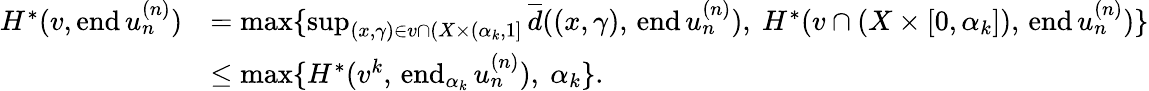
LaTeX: \begin{array}{rl}{H^{*}(v,\mathrm{end}\, u_{n}^{(n)})}&{=\operatorname*{max}\{ \operatorname*{sup}_{(x,\gamma)\in v\cap(X\times(\alpha_{k},1]}\overline{{d}}((x,\gamma),\, \mathrm{end}\, u_{n}^{(n)}),\ H^{*}(v\cap(X\times[0,\alpha_{k}]),\, \mathrm{end}\, u_{n}^{(n)})\} }\\ &{\leq\operatorname*{max}\{ H^{*}(v^{k},\, \mathrm{end}_{\alpha_{k}}\, u_{n}^{(n)}),\ \alpha_{k}\} .}\end{array}